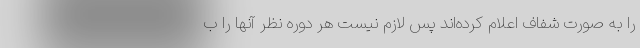
را به صورت شفاف اعلام کرده‌اند پس لازم نیست هر دوره نظر آنها را ب